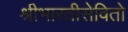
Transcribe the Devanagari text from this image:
श्रीभारतीसेवितो